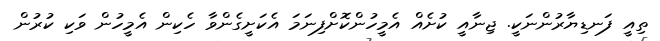
ތިއީ ފަނޑިޔާރުންނަކީ. ޖިނާއީ ކުށެއް އެމީހުންކޮށްފިނަމަ އެކަށީގެންވާ ހެކިން އެމީހުން ވަކި ކުރުން